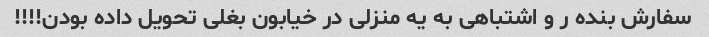
سفارش بنده ر و اشتباهی به یه منزلی در خیابون بغلی تحویل داده بودن!!!!